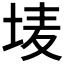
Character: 𮰢